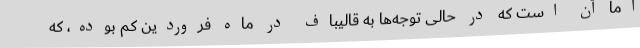
اما آن است که در حالی توجه‌ها به قالیباف در ماه فروردین کم بوده، که